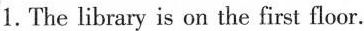
1.The library is on the first floor.